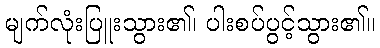
မျက်လုံးပြူးသွား၏၊ ပါးစပ်ပွင့်သွား၏။